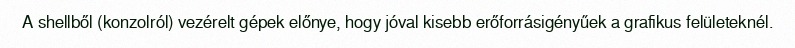
A shellből (konzolról) vezérelt gépek előnye, hogy jóval kisebb erőforrásigényűek a grafikus felületeknél.